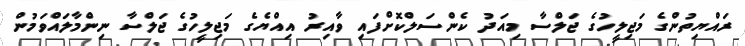
ރައްޔިތުންގެ މަޖިލީހުގެ ޖަލްސާ މިއަދު ކެންސަލްކޮށްފައި ވާއިރު އިއްޔެގެ މަޖިލީހުގެ ޖަލްސާ ނިންމާލައްވަމުން